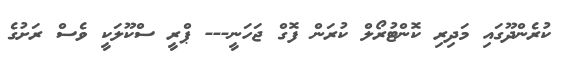
ކުރެންދޫގައި މަދިރި ކޮންޓުރޯލް ކުރަން ފޮގް ޖަހަނީ--- ޕްރީ ސްކޫލަކީ ވެސް ރަށުގެ